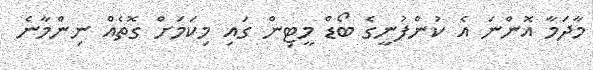
މާދަމާ އޮންނަ އެ ކުންފުނީގެ ބޯޑް މީޓިން ގައި މިކަމަށް ގޮތެއް ނިންމާނެ